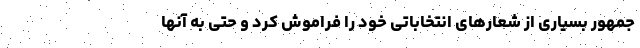
جمهور بسیاری از شعارهای انتخاباتی خود را فراموش کرد و حتی به آنها